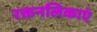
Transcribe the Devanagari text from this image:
रक्तनलिकाएं